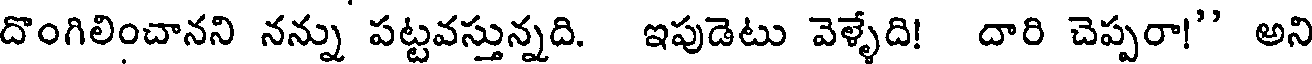
దొంగిలించానని నన్ను పట్టవస్తున్నది. ఇపుడెటు వెళ్ళేది! దారి చెప్పరా!" అని